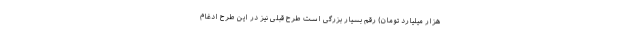
هزار میلیارد تومان) رقم بسیار بزرگی است طرح قبلی نیز در این طرح ادغام